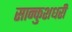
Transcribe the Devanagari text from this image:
सान्कुशधरी